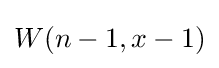
W(n-1,x-1)